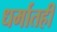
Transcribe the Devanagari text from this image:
धर्मातही